Vaccination Hyderabad 1890-1903 - 1890-1903
Year: 1890
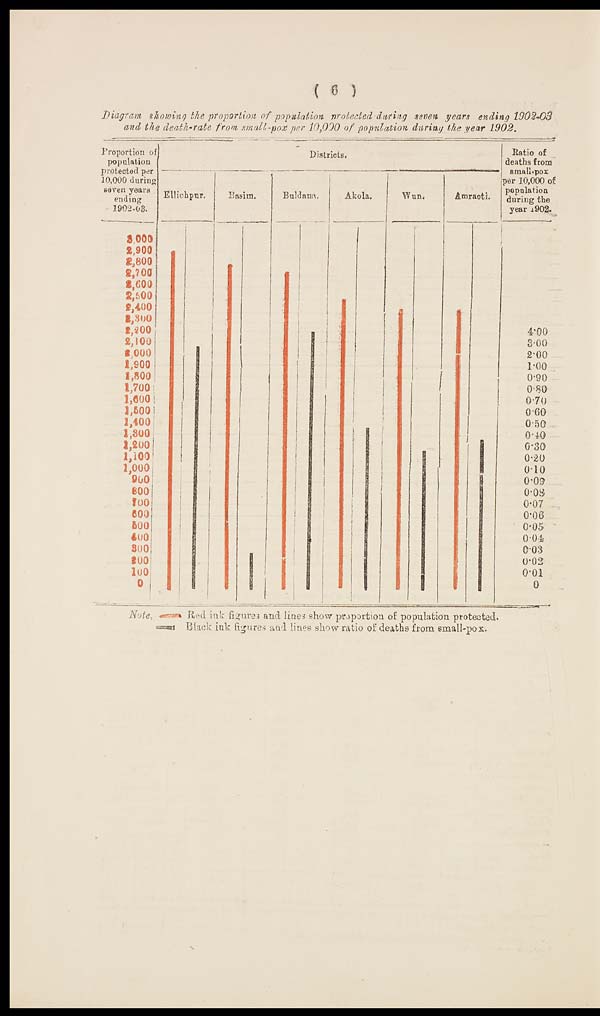
( 6 )
Diagram showing the proportion of population protected during seven years ending 1902-03
and the death-rate from small-pox per 10,000 of population during the year 1902.